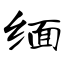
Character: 缅